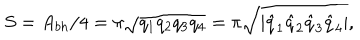
LaTeX: S = A _ { b h } / 4 = \pi \sqrt { q _ { 1 } q _ { 2 } q _ { 3 } q _ { 4 } } = \pi \sqrt { | \hat { q } _ { 1 } \hat { q } _ { 2 } \hat { q } _ { 3 } \hat { q } _ { 4 } | } ,